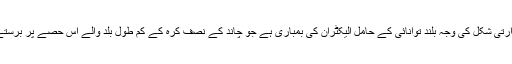
سائنس دان سمجھتے ہیں کہ زحل کے چاندوں پر پیک مین حرارتی شکل کی وجہ بلند توانائی کے حامل الیکٹران کی بمباری ہے جو چاند کے نصف کرہ کے کم طول بلد والے اس حصّے پر برستے ہیں جو زحل کی طرف اپنا رخ کرکے اس کا چکر کاٹتا ہے۔